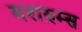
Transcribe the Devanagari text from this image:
मशरुम्स